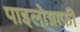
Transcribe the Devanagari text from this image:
पाइलोग्राफी